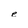
Character: e